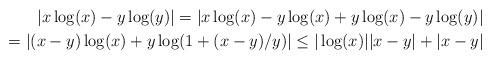
LaTeX: \begin{align*}|x\log(x) - y\log(y)|=|x\log(x)-y\log(x)+y\log(x)-y\log(y)| \\=|(x-y)\log(x)+y\log(1+(x-y)/y)|\leq |\log(x)||x-y|+|x-y|\end{align*}